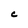
Character: e